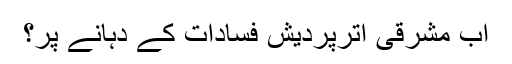
اب مشرقی اترپردیش فسادات کے دہانے پر؟